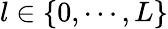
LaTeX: l\in\{ 0,\cdots,L\}